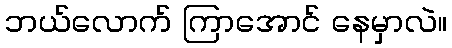
ဘယ်လောက် ကြာအောင် နေမှာလဲ။